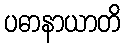
ပဓာနာယာတိ